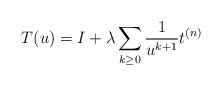
\begin{align*}T(u) = I + \lambda \sum_{k \geq 0} \frac{1}{u^{k+1}}t^{(n)}\end{align*}